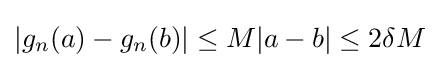
|g_{n}(a)-g_{n}(b)|\leq M|a-b|\leq 2\delta M